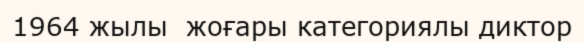
1964 жылы  жоғары категориялы диктор